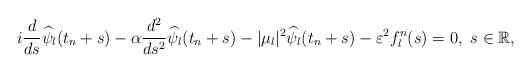
LaTeX: \begin{align*} i \frac{d}{ds} \widehat{\psi}_l(t_n+s) - \alpha \frac{d^2}{ds^2} \widehat{\psi}_l(t_n+s) - |\mu_l|^2 \widehat{\psi}_l(t_n+s) - \varepsilon^{2} f_l^n(s) =0, \ s \in \mathbb{R},\end{align*}